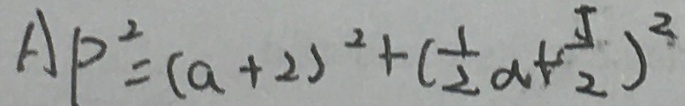
A P ^ { 2 } = ( a + 2 ) ^ { 2 } + ( \frac { 1 } { 2 } a + \frac { 5 } { 2 } ) ^ { 2 }